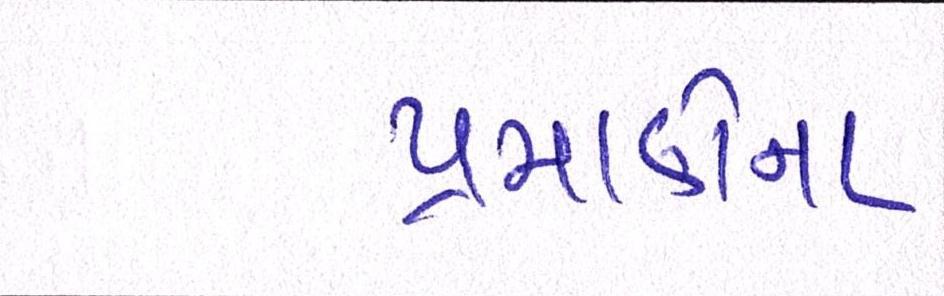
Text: પ્રમાણેના